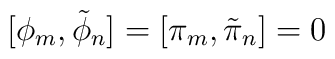
[\phi_{m} , \tilde{\phi}_{n} ] = [\pi_{m} , \tilde{\pi}_{n} ] = 0